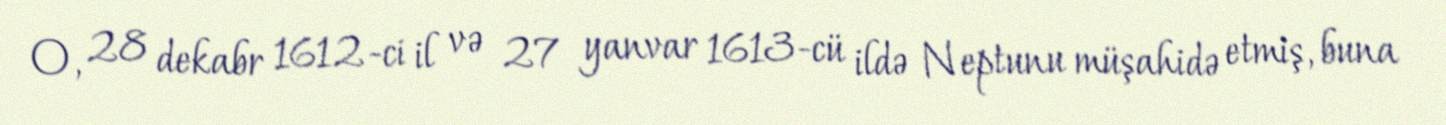
O, 28 dekabr 1612-ci il və 27 yanvar 1613-cü ildə Neptunu müşahidə etmiş, buna